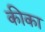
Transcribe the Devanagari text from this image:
कीका